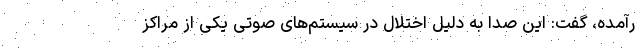
رآمده، گفت: این صدا به دلیل اختلال در سیستم‌های صوتی یکی از مراکز